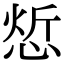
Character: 𢜦